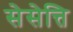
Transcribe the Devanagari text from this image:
सेसेत्ति